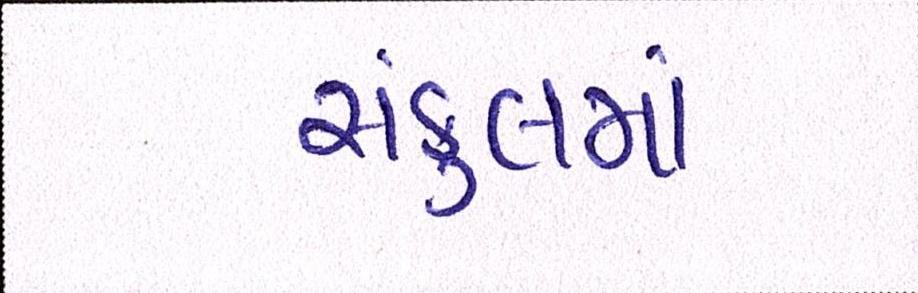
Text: સંકુલમાં